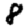
Digit: 8